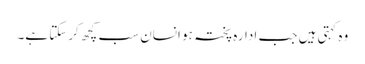
وہ کہتی ہیں جب ادارہ پختہ ہو انسان سب کچھ کرسکتا ہے۔